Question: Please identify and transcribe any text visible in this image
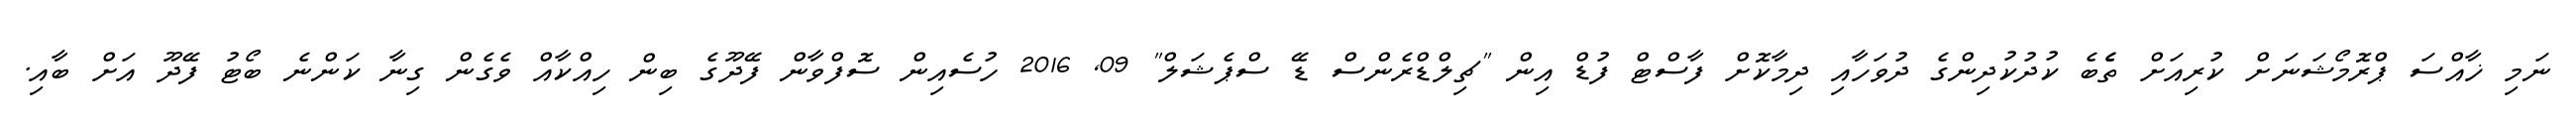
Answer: ނަމި ޚާއްސަ ޕްރޮމޯޝަނަށް ކުރިއަށް ތެެބެ ކުދުކުދިންގެ ދުވަހާއި ދިމާކޮށް ފާސްޓް ފުޑް އިން "ޗިލްޑްރެންސް ޑޭ ސްޕެޝަލް" 09, 2016 ހުސެއިން ސޮފްވާން ފޭދޫގެ ބިން ހިއްކާއް ވެގެން ގިނާ ކަންނެ ބޯޓު ފޭދޫ އަށް ބާއި.